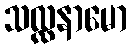
သလ္လနာမော